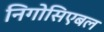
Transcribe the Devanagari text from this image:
निगोसिएबल